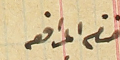
ختام المرافعه